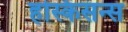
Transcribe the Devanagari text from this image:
हस्किसन्स